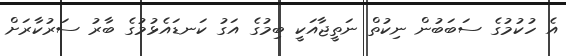
އެ ހުކުމުގެ ސަބަބުން ނިކުތް ނަތީޖާއަކީ ބިމުގެ އަގު ކަނޑައެޅުމުގެ ބާރު ސަރުކާރަށް